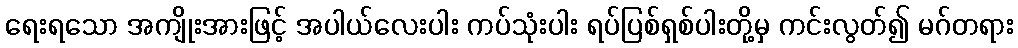
ရေးရသော အကျိုးအားဖြင့် အပါယ်လေးပါး ကပ်သုံးပါး ရပ်ပြစ်ရှစ်ပါးတို့မှ ကင်းလွတ်၍ မဂ်တရား